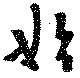
始